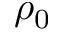
\rho _ { 0 }